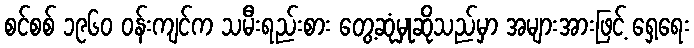
စင်စစ် ၁၉၆၀ ဝန်းကျင်က သမီးရည်းစား တွေ့ဆုံမှုဆိုသည်မှာ အများအားဖြင့် ရှေ့ရေး